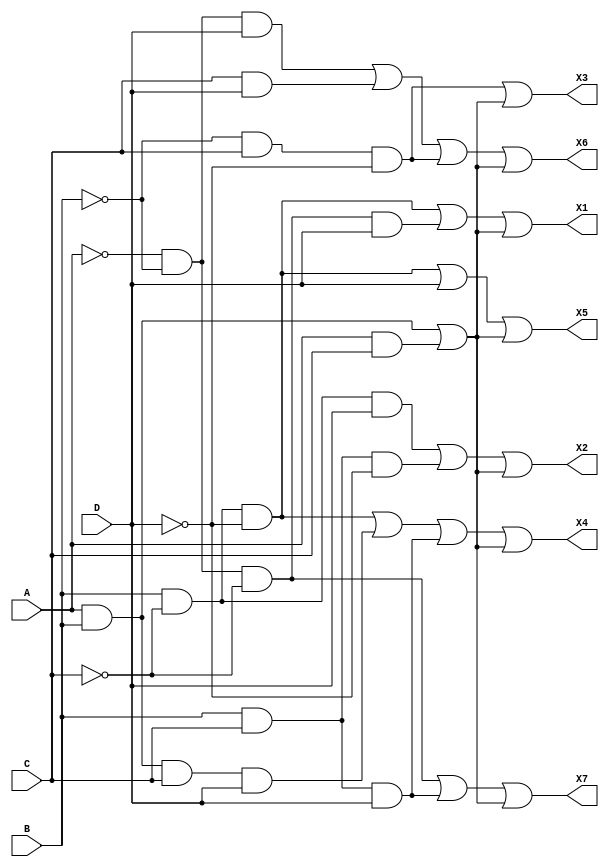
//This is the dataflow code for a code converter that drives an active low seven-segment display

module code_converter2 (A,B,C,D,X1,X2,X3,X4,X5,X6,X7);
	input A,B,C,D;
	output X1,X2,X3,X4,X5,X6,X7;
	wire Z1;
	
	assign Z1 = (A&B)|(A&C),
			X1 = (B&~C&~D)|(~A&~B&~C&D)|Z1,
			X2 = (B&~C&D)|(B&C&~D)|Z1,
			X3 = (~B&C&~D)|Z1,
			X4 = (B&~C&~D)|(A&B&C&D)|(B&C&D)|Z1,
			X5 = (B&~C&~D)|D|Z1,
			X6 = (~A&~B&D)|(C&D)|(~B&C&~D)|Z1,
			X7 = (~A&~B&~C)|(B&C&D)|Z1;
			
endmodule